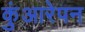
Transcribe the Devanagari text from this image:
कुंआरेपन